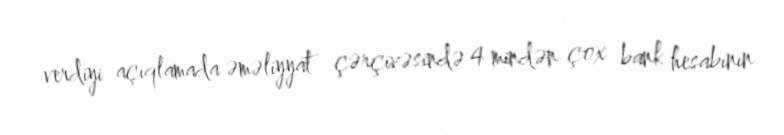
verdiyi açıqlamada əməliyyat çərçivəsində 4 mindən çox bank hesabının